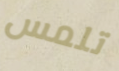
تلمس